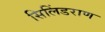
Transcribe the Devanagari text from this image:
सिलिंडराण